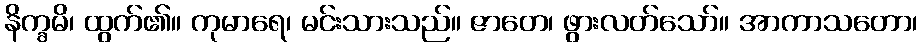
နိက္ခမိ၊ ထွက်၏။ ကုမာရေ၊ မင်းသားသည်။ ဇာတေ၊ ဖွားလတ်သော်။ အာကာသတော၊